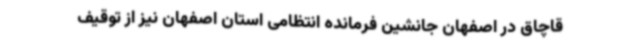
قاچاق در اصفهان جانشین فرمانده انتظامی استان اصفهان نیز از توقیف